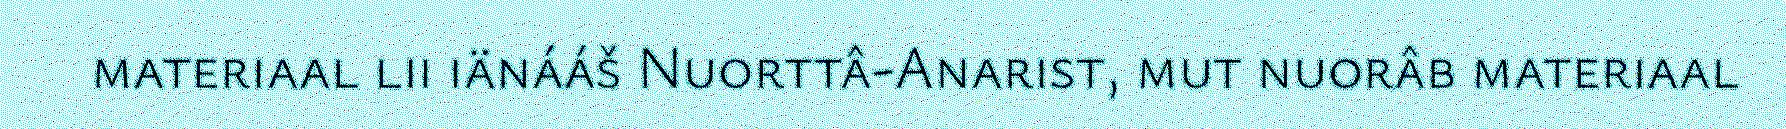
materiaal lii iänááš Nuorttâ-Anarist, mut nuorâb materiaal